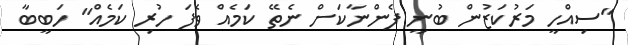
"ސިއްހީ މަރުކަޒުން ބުނީ ފެންނާކަށް ނެތޭ ކަމެއް ވެފަ ހުރި ކަމެއް" ހަބީބާ